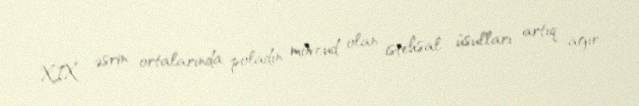
XIX əsrin ortalarında poladın mövcud olan istehsal üsulları artıq ağır